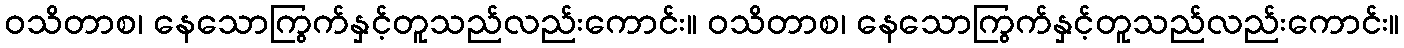
ဝသိတာစ၊ နေသောကြွက်နှင့်တူသည်လည်းကောင်း။ ဝသိတာစ၊ နေသောကြွက်နှင့်တူသည်လည်းကောင်း။